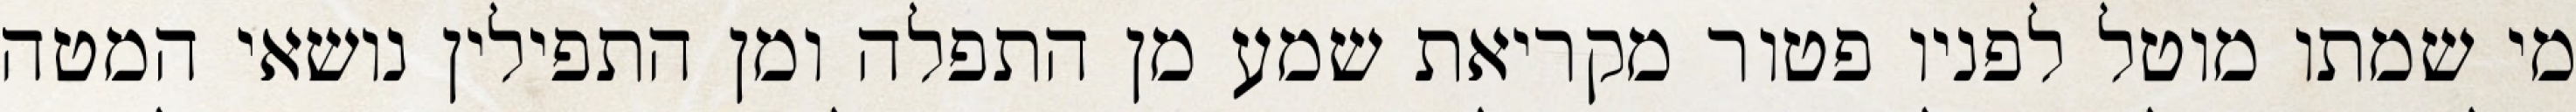
מי שמתו מוטל לפניו פטור מקריאת שמע מן התפלה ומן התפילין נושאי המטה